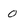
Character: 0